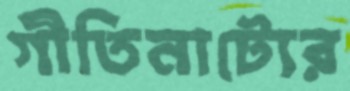
গীতিনাট্যের